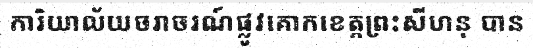
ការិយាល័យចរាចរណ៍ផ្លូវគោកខេត្តព្រះសីហនុ បាន